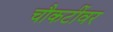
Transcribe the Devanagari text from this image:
चौकटींवर